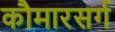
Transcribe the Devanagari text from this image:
कौमारसर्ग